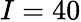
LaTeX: I=40